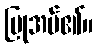
ပြုအပ်၏။